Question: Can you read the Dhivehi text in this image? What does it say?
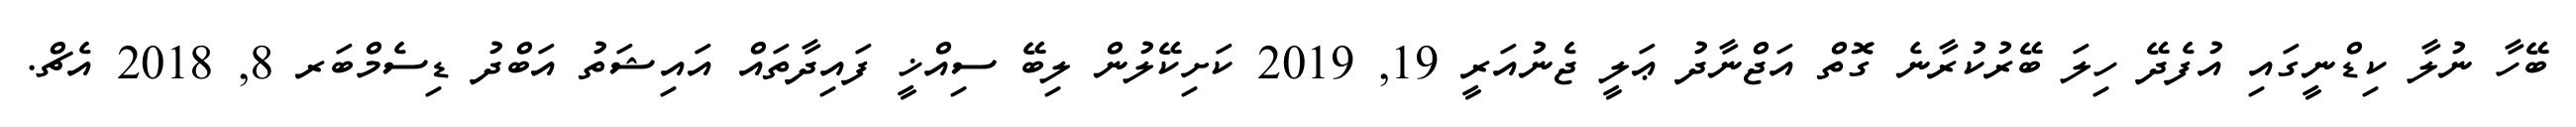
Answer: ބޭހާ ނުލާ ކިޑްނީގައި އުފެދޭ ހިލަ ބޭރުކުރާނެ ގޮތް އަޖްނާދު ޢަލީ ޖެނުއަރީ 19, 2019 ކަށިކޭލުން ލިބޭ ސިއްޚީ ފައިދާތައް އައިޝަތު އަބްދު ޑިސެމްބަރ 8, 2018 އެޗް.